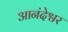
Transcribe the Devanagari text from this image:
आनंदेश्वर